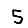
Digit: 5